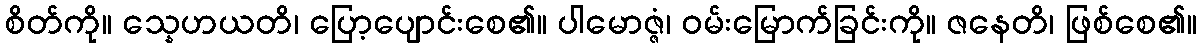
စိတ်ကို။ သ္နေဟယတိ၊ ပြော့ပျောင်းစေ၏။ ပါမောဇ္ဇံ၊ ဝမ်းမြောက်ခြင်းကို။ ဇနေတိ၊ ဖြစ်စေ၏။